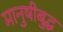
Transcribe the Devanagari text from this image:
मानुषीबुद्ध